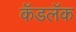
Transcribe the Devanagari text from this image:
कॅडलॅक